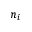
n _ { i }